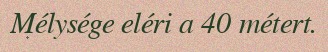
Mélysége eléri a 40 métert.